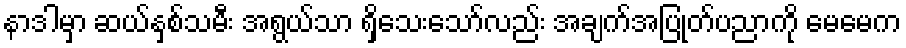
နာဒါမှာ ဆယ်နှစ်သမီး အရွယ်သာ ရှိသေးသော်လည်း အချက်အပြုတ်ပညာကို မေမေက